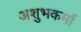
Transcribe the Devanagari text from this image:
अशुभकर्मा